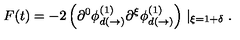
F ( t ) = - 2 \left( \partial ^ { 0 } \phi _ { d ( \rightarrow ) } ^ { ( 1 ) } \partial ^ { \xi } \phi _ { d ( \rightarrow ) } ^ { ( 1 ) } \right) \mid _ { \xi = 1 + \delta } .